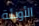
الأوبئة